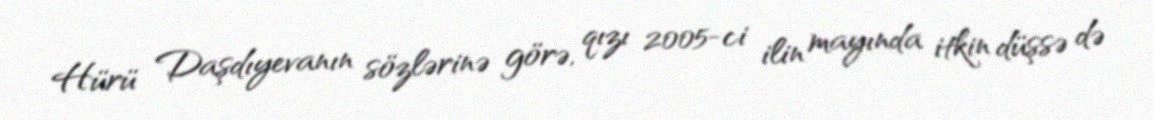
Hürü Daşdıyevanın sözlərinə görə, qızı 2005-ci ilin mayında itkin düşsə də